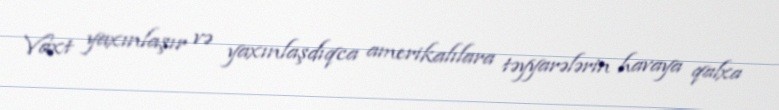
Vaxt yaxınlaşır və yaxınlaşdıqca amerikalılara təyyarələrin havaya qalxa